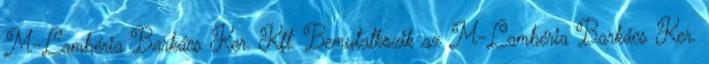
M-Lambéria Barkács Ker. Kft. Bemutatkozik az M-Lambéria Barkács Ker.